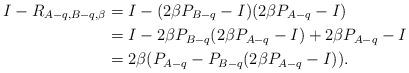
LaTeX: \begin{align*}I-R_{A-q,B-q,\beta}&=I-(2\beta P_{B-q}-I)(2\beta P_{A-q}-I)\\&=I-2\beta P_{B-q}(2\beta P_{A-q}-I)+2\beta P_{A-q}-I\\&=2\beta(P_{A-q}-P_{B-q}(2\beta P_{A-q}-I)). \end{align*}